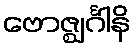
ဗောဇ္ဈင်္ဂါနိ